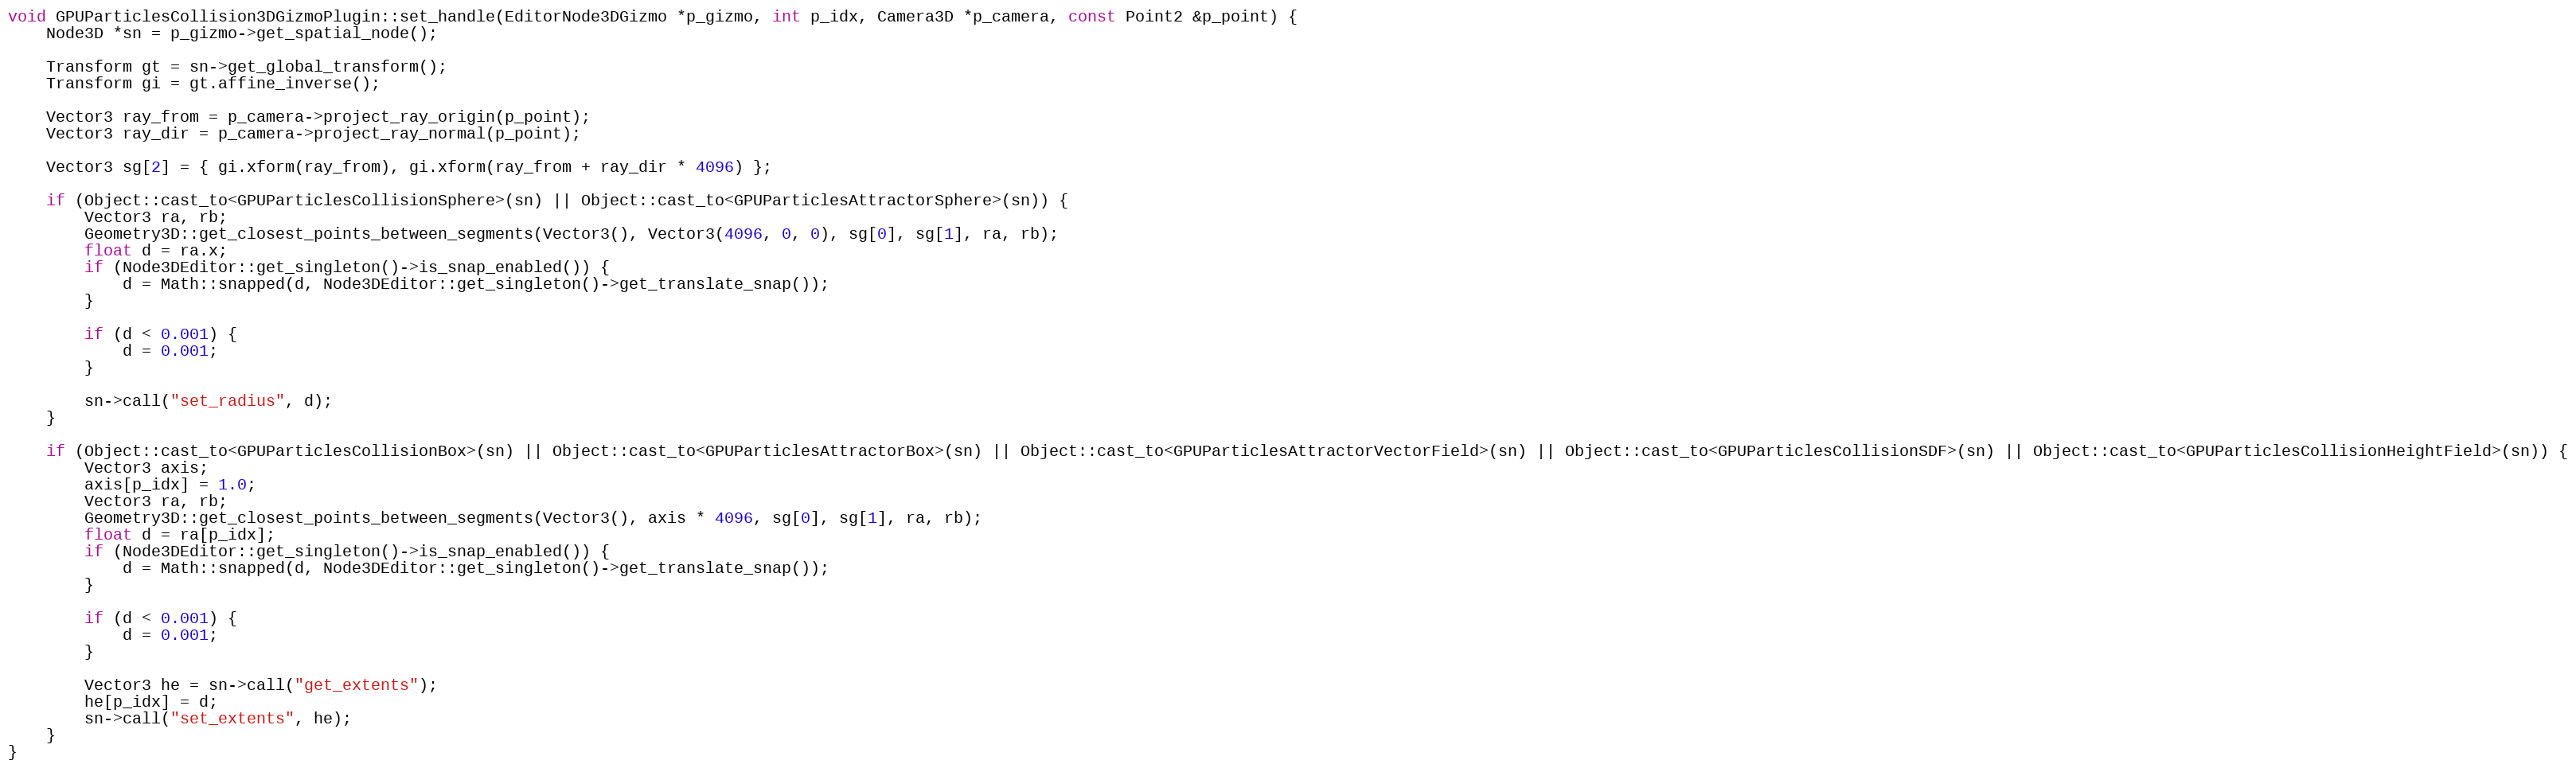
Language: C++
void GPUParticlesCollision3DGizmoPlugin::set_handle(EditorNode3DGizmo *p_gizmo, int p_idx, Camera3D *p_camera, const Point2 &p_point) {
	Node3D *sn = p_gizmo->get_spatial_node();

	Transform gt = sn->get_global_transform();
	Transform gi = gt.affine_inverse();

	Vector3 ray_from = p_camera->project_ray_origin(p_point);
	Vector3 ray_dir = p_camera->project_ray_normal(p_point);

	Vector3 sg[2] = { gi.xform(ray_from), gi.xform(ray_from + ray_dir * 4096) };

	if (Object::cast_to<GPUParticlesCollisionSphere>(sn) || Object::cast_to<GPUParticlesAttractorSphere>(sn)) {
		Vector3 ra, rb;
		Geometry3D::get_closest_points_between_segments(Vector3(), Vector3(4096, 0, 0), sg[0], sg[1], ra, rb);
		float d = ra.x;
		if (Node3DEditor::get_singleton()->is_snap_enabled()) {
			d = Math::snapped(d, Node3DEditor::get_singleton()->get_translate_snap());
		}

		if (d < 0.001) {
			d = 0.001;
		}

		sn->call("set_radius", d);
	}

	if (Object::cast_to<GPUParticlesCollisionBox>(sn) || Object::cast_to<GPUParticlesAttractorBox>(sn) || Object::cast_to<GPUParticlesAttractorVectorField>(sn) || Object::cast_to<GPUParticlesCollisionSDF>(sn) || Object::cast_to<GPUParticlesCollisionHeightField>(sn)) {
		Vector3 axis;
		axis[p_idx] = 1.0;
		Vector3 ra, rb;
		Geometry3D::get_closest_points_between_segments(Vector3(), axis * 4096, sg[0], sg[1], ra, rb);
		float d = ra[p_idx];
		if (Node3DEditor::get_singleton()->is_snap_enabled()) {
			d = Math::snapped(d, Node3DEditor::get_singleton()->get_translate_snap());
		}

		if (d < 0.001) {
			d = 0.001;
		}

		Vector3 he = sn->call("get_extents");
		he[p_idx] = d;
		sn->call("set_extents", he);
	}
}